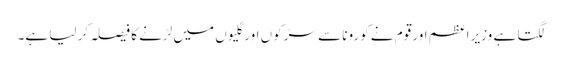
لگتا ہے وزیر اعظم اور قوم نے کورونا سے سڑکوں اور گلیوں میں لڑنے کا فیصلہ کر لیا ہے۔